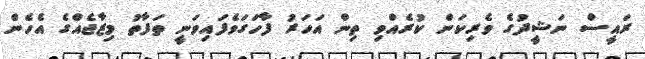
ރައީސް ނަޝީދުގެ ވެރިކަން ކުރެއްވި ތިން އަހަރު ފާހަގަވެފައިވަނީ ތަފާތު މިޒާޖެއްގެ އެހެން